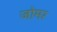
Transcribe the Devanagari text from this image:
जोमर